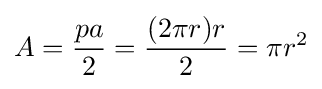
A={\frac {pa}{2}}={\frac {(2\pi r)r}{2}}=\pi r^{2}